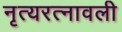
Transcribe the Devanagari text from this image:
नृत्यरत्नावली